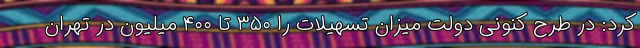
کرد: در طرح کنونی دولت میزان تسهیلات را ۳۵۰ تا ۴۰۰ میلیون در تهران